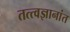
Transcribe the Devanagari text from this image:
तत्त्वज्ञानांत